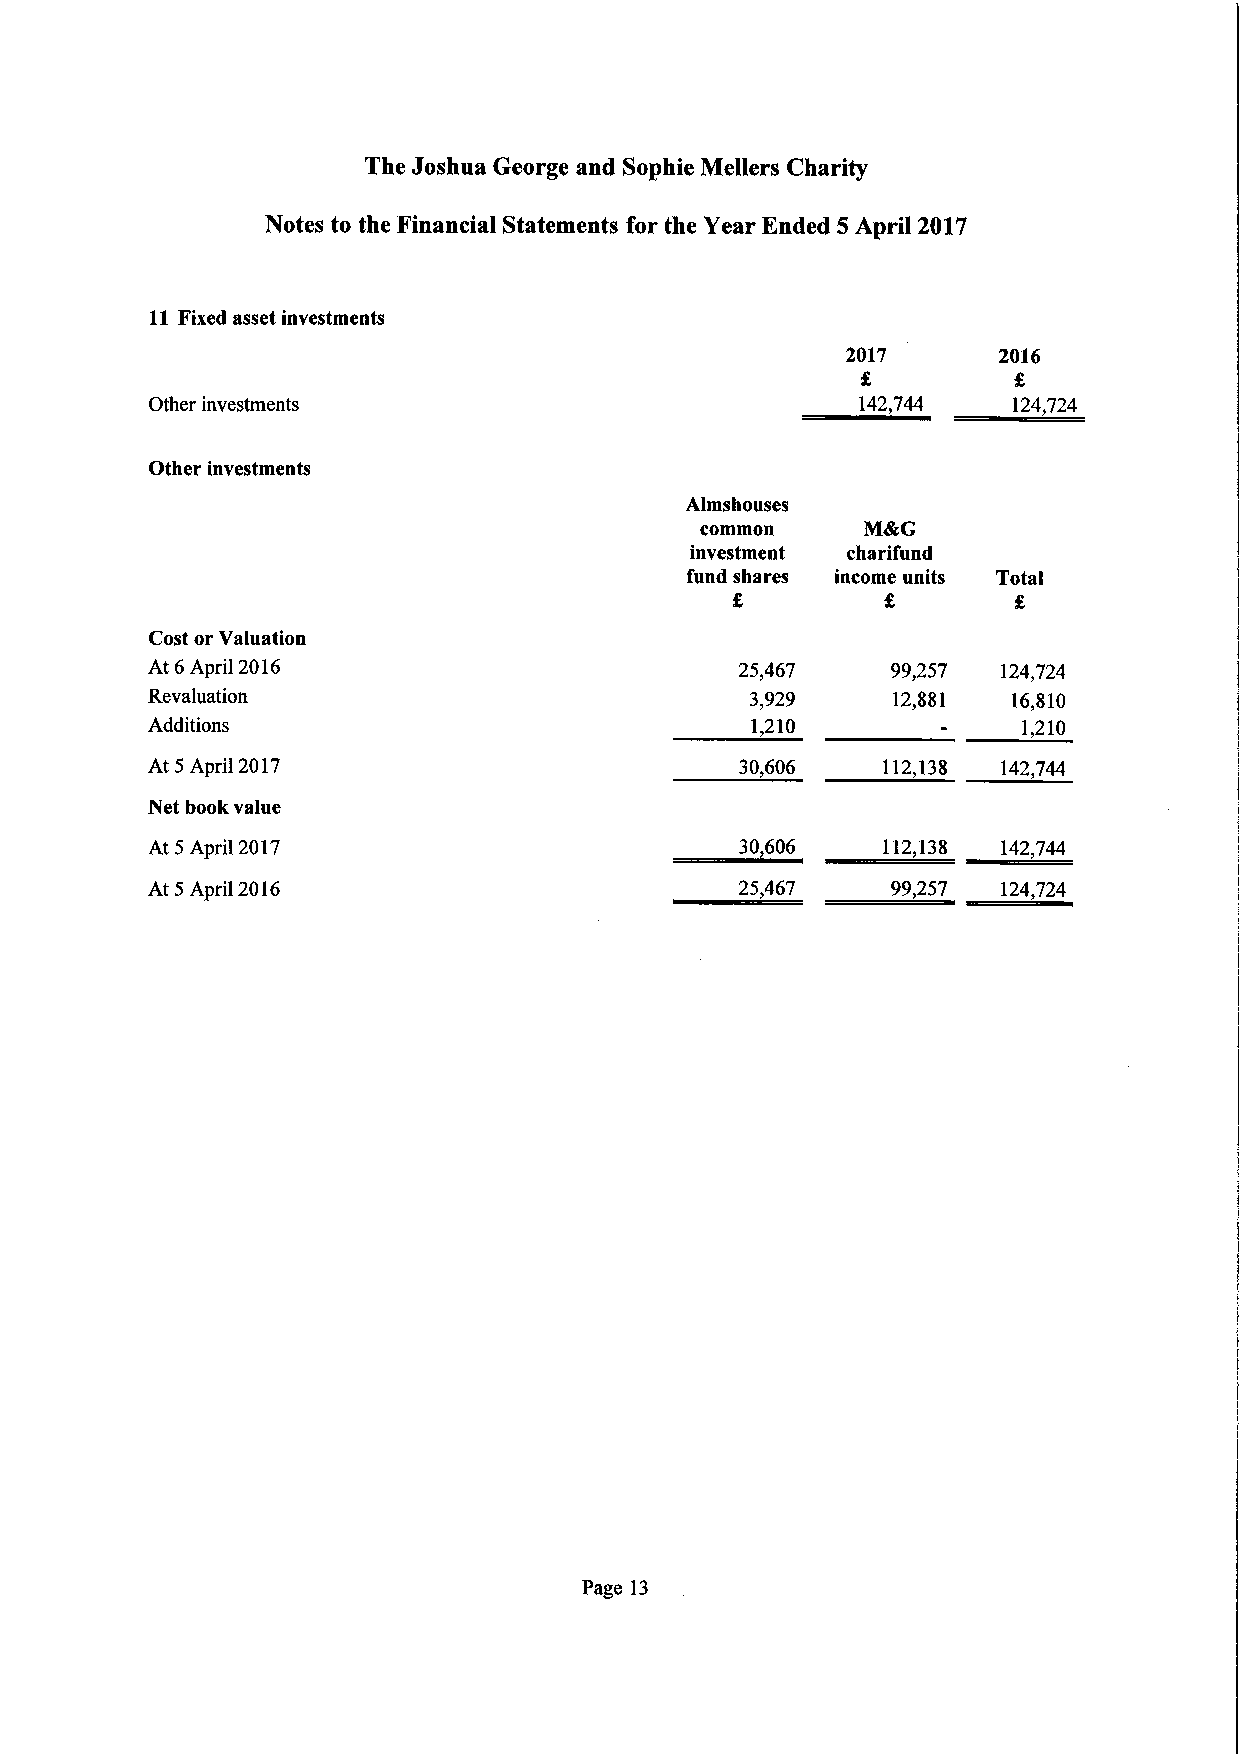
The Joshua George and Sophie Mellers Charity
 Notes to the Financial Statements for the YearEnded 5 April 2017
 11 Fixed assetinvestments
 2017      2016
 £         £
 Otherinvestments                               142,744   124,724
 Otherinvestments
 Almshouses
 common     M&G
 investment charifund
 fund shares income units Total
 £         £        £
 CostorValuation
 At6 April2016                          25,467    99,257 124,724
 Revaluation                             3,929    12,881  16,810
 Additions                               1,210             1,210
 At5 April2017                          30,606   112,138 142,744
 Netbookvalue
 At5 April2017                          30,606   112,138 142,744
 At5 April2016                          25,467    99,257 124,724
 Page 13